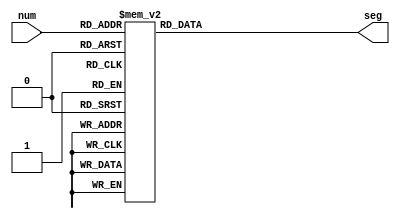
`timescale 1ns / 1ps
//////////////////////////////////////////////////////////////////////////////////
// Company: 
// Engineer: 
// 
// Design Name: 
// Module Name: num2seg
// Project Name: 
// Target Devices: 
// Tool Versions: 
// Description: 
// 
// Dependencies: 
// 
// Revision:
// Revision 0.01 - File Created
// Additional Comments:
// 
//////////////////////////////////////////////////////////////////////////////////


module num2seg(
	input [3:0] num,
	output reg [6:0] seg
    );
	
	always @(num) begin
		case (num)
			0:  seg <= ~'b1111110;
            1:  seg <= ~'b0110000;
            2:  seg <= ~'b1101101;
            3:  seg <= ~'b1111001;
            4:  seg <= ~'b0110011;
            5:  seg <= ~'b1011011;
            6:  seg <= ~'b1011111;
            7:  seg <= ~'b1110000;
            8:  seg <= ~'b1111111;
            9:  seg <= ~'b1111011;
            default: seg <= ~'b0000001;
        endcase
	end
	
endmodule